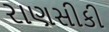
રાણસીકી